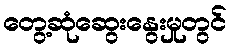
တွေ့ဆုံဆွေးနွေးမှုတွင်